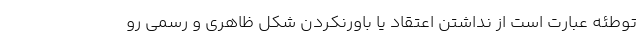
توطئه عبارت است از نداشتن اعتقاد یا باورنکردن شکل ظاهری و رسمی رو